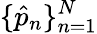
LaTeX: \{ \hat{p}_{n}\} _{n=1}^{N}